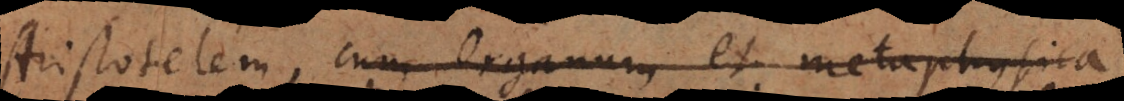
Aristotelem, cum Organum et Metaphysica